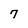
Character: 7